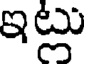
ఇట్లు